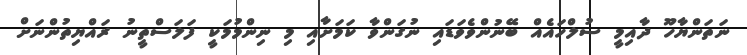
ނަތަންޔާހޫ ދާއިމީ ސުލްހައެއް ބޭނުންވެވަޑައި ނުގަންވާ ކަމަށާއި މި ނިންމުމަކީ ފަލަސްތީނު ރައްޔިތުންނަށް